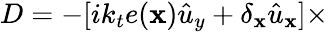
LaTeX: D=-[ik_{t}e(\mathbf{x})\hat{{u}}_{y}+\delta_{\mathbf{x}}\hat{{u}}_{\mathbf{x}}]\times